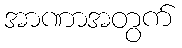
အာဏာအတွက်